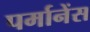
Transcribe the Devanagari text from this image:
पर्मानेंस